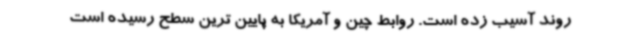
روند آسیب زده است. روابط چین و آمریکا به پایین ترین سطح رسیده است